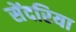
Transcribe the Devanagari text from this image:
सेंदरिया